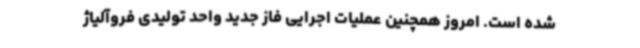
شده است. امروز همچنین عملیات اجرایی فاز جدید واحد تولیدی فروآلیاژ